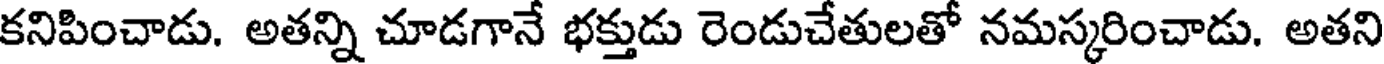
కనిపించాడు. అతన్ని చూడగానే భక్తుడు రెండుచేతులతో నమస్కరించాడు. అతని